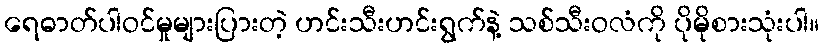
ရေဓာတ်ပါဝင်မှုများပြားတဲ့ ဟင်းသီးဟင်းရွက်နဲ့ သစ်သီးဝလံကို ပိုမိုစားသုံးပါ။